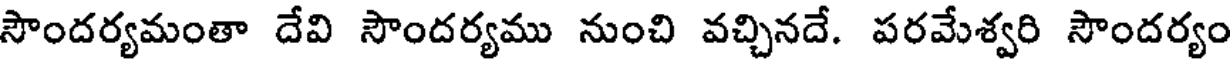
సౌందర్యమంతా దేవి సౌందర్యము నుంచి వచ్చినదే. పరమేశ్వరి సౌందర్యం